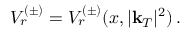
V _ { r } ^ { ( \pm ) } = V _ { r } ^ { ( \pm ) } ( x , | \mathbf { k } _ { T } | ^ { 2 } ) \, .